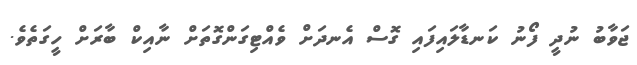
ޖަވާބު ނުދީ ފޯނު ކަނޑާލައިފައި ގޮސް އެނދަށް ވެއްޓިގަންގޮތަށް ނާއިކް ބާރަށް ހީގަތެވެ.